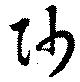
帥